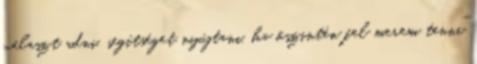
választ adni, segítséget nyújtani, ha õszintén fel merem tenni